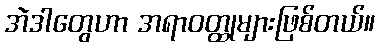
အဲဒါတွေဟာ အရာဝတ္ထုများဖြစ်တယ်။